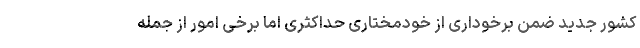
کشور جدید ضمن برخوداری از خودمختاری حداکثری اما برخی امور از جمله